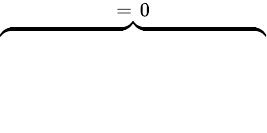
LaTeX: \overbrace{\phantom{\left.\sum_{k=1}^{3}\varepsilon_{0}(\mathrm{d}_{\rho}\varepsilon_{\infty,k})\tilde{E}_{k}E_{k}\right|_{0}^{T}}}^{=\; 0}